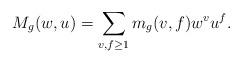
LaTeX: \begin{align*}M_g(w,u) = \sum_{v,f \geq 1} m_g(v,f) w^v u^f. \end{align*}